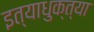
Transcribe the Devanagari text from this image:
इत्याधुक्त्या